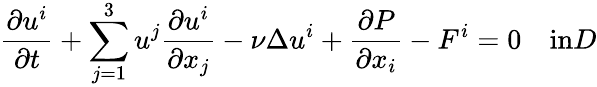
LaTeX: \frac{\partial u^{i}}{\partial t}+\sum_{j=1}^{3}u^{j}\frac{\partial u^{i}}{\partial x_{j}}-\nu\Delta u^{i}+\frac{\partial P}{\partial x_{i}}-F^{i}=0\quad\textrm{in}D